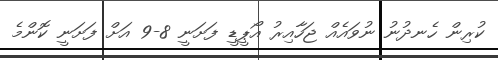
ކުރިން ހެނދުނު ނުވައެއް ޖަހާއިރު އޯޕީޑީ ފަށަނީ 8-9 އަށް ފަށަނީ ކޮންމެ